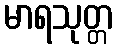
မာရသုတ္တ